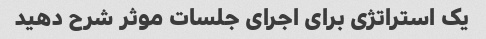
یک استراتژی برای اجرای جلسات موثر شرح دهید